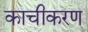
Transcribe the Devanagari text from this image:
काचीकरण